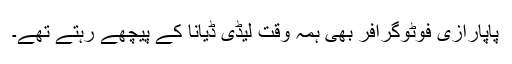
پاپارازی فوٹوگرافر بھی ہمہ وقت لیڈی ڈیانا کے پیچھے رہتے تھے۔